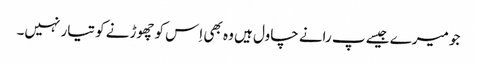
جو میرے جیسے پ رانے چاول ہیں وہ بھی اِس کو چھوڑنے کو تیار نہیں۔